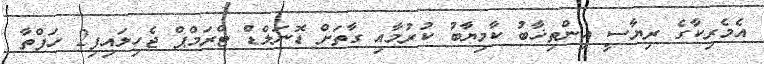
އެމެރިކާގެ ރިޔާސީ އިންތިޚާބު ކާމިޔާބު ކުރުމާއި ގާތަށް ޑޮނަލްޑް ޓްރަމްޕް ޖެހިލައިފި2 ހަފްތާ